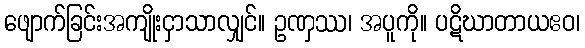
ဖျောက်ခြင်းအကျိုးငှာသာလျှင်။ ဥဏှဿ၊ အပူကို။ ပဋိဃာတာယဧဝ၊